Leaving Certificate Examination (including Day School Certificate (Higher) General paper), 1933
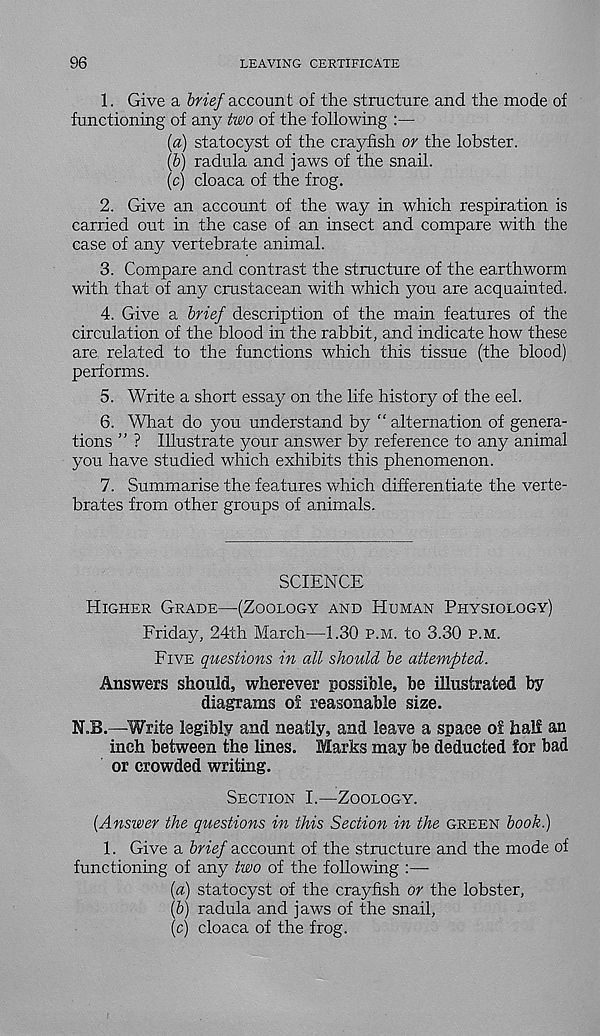
96
LEAVING CERTIFICATE
1. Give a fine/account of the structure and the mode of
functioning of any two of the following
{a) statocyst of the crayfish or the lobster.
(b) radula and jaws of the snail.
(c) cloaca of the frog.
2. Give an account of the way in which respiration is
carried out in the case of an insect and compare with the
case of any vertebrate animal.
3. Compare and contrast the structure of the earthworm
with that of any crustacean with which you are acquainted.
4. Give a brief description of the main features of the
circulation of the blood in the rabbit, and indicate how these
are related to the functions which this tissue (the blood)
performs.
5. Write a short essay on the life history of the eel.
6. What do you understand by “alternation of genera-
tions ” ? Illustrate your answer by reference to any animal
you have studied which exhibits this phenomenon.
7. Summarise the features which differentiate the verte-
brates from other groups of animals.
SCIENCE
Higher Grade—(Zoology and Human Physiology)
Friday, 24th March—1.30 p.m. to 3.30 p.m.
Five questions in all should be attempted.
Answers should, wherever possible, be illustrated by
diagrams of reasonable size.
M„B.—Write legibly and neatly, and leave a space of hall an
inch between the lines. Marks may be deducted for bad
or crowded writing.
Section I.—Zoology.
(Answer the questions in this Section in the green book.)
1. Give a brief account of the structure and the mode of
functioning of any two of the following :—-
(a) statocyst of the crayfish or the lobster,
(b) radula and jaws of the snail,
(c) cloaca of the frog.